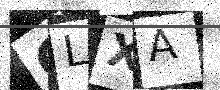
Text: GLXA